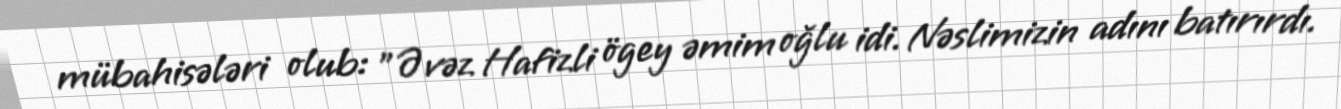
mübahisələri olub: "Əvəz Hafizli ögey əmim oğlu idi. Nəslimizin adını batırırdı.